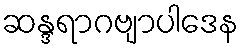
ဆန္ဒရာဂဗျာပါဒေန